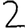
Digit: 2